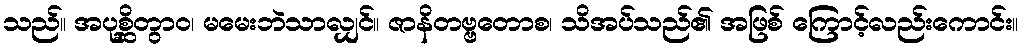
သည်။ အပုစ္ဆိတွာဝ၊ မမေးဘဲသာလျှင်။ ဇာနိတဗ္ဗတောစ၊ သိအပ်သည်၏ အဖြစ် ကြောင့်လည်းကောင်း။